Vaccination in the Punjab 1919-1929 - 1919-1929
Year: 1919
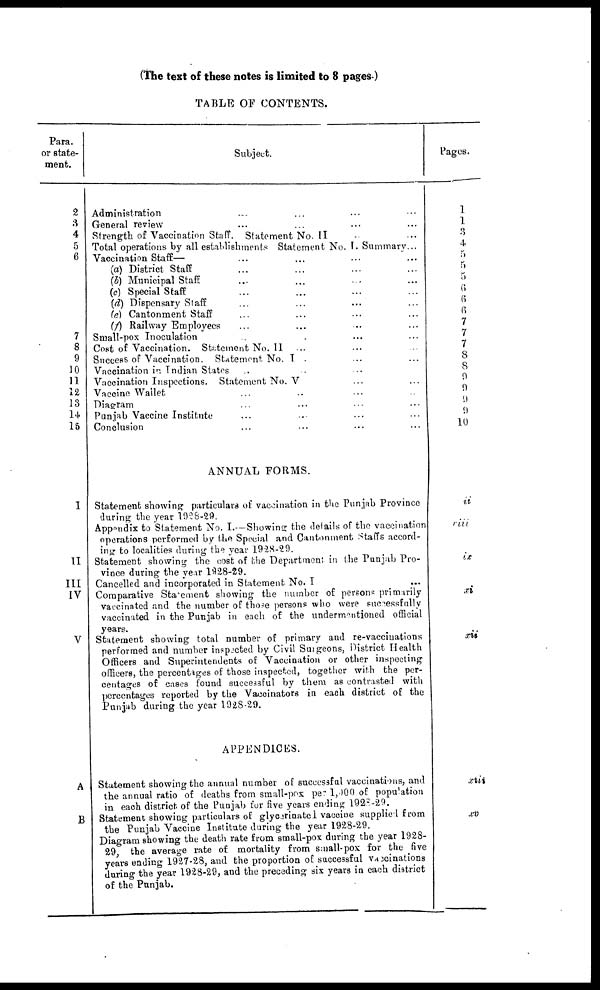
(The text of these notes is limited to 8 pages.)
TABLE OF CONTENTS.
Para.
or state-
ment.
2
3
4
5
6
7
8
9
10
11
12
13
14
15
I
II
III
IV
V
A
B
Subject.
Administration ... ... ... ...
General review ... ... ... ...
Strength of Vaccination Staff. Statement No.II ... ...
Total operations by all establishments Statement No. I. Summary...
Vaccination Staff—
(a) District Staff
...
... ... ...
(b) Municipal Staff ... ... ... ...
(c) Special Staff ... ... ... ...
(d) Dispensary Staff ... ... ... ...
(e) Cantonment Staff ... ... ... ...
(f) Railway Employees ... ... ... ...
Small-pox Inoculation ... ... ... ...
Cost of Vaccination. Statement No.II ... ... ...
Success of Vaccination. Statement No. I ... ...
Vaccination in Indian States ... ... ... ...
Vaccination Inspections. Statement No. V ... ...
Vaccine Wallet ... ... ... ...
Diagram ... ... ... ...
Punjab Vaccine Institute ... ... ... ...
Conclusion ... ... ... ...
ANNUAL FORMS.
Statement showing particulars of vaccination in the Punjab Province
during the year 1928-29.
Apppendix to Statement No. I.—Showing the details of the vaccination
operations performed by the Special and Cantonment Staffs accord-
ing to localities during the year 1928-29.
Statement showing the cost of the Department in the Punjab Pro-
vince during the year 1928-29.
Cancelled and incorporated in Statement No. I
Comparative Statement showing the number of persons primarily
vaccinated and the number of those persons who were successfully
vaccinated in the Punjab in each of the undermentioned official
years.
Statement showing total number of primary and re-vaccinations
performed and number inspected by Civil Surgeons, District Health
Officers and Superintendents of Vaccination or other inspecting
officers, the percentages of those inspected, together with the per-
centages of cases found successful by them as contrasted with
percentages reported by the Vaccinators in each district of the
Punjab during the year 1928-29.
APPENDICES.
Statement showing the annual number of successful vaccinations, and
the annual ratio of deaths from small-pox per 1,000 of population
in each district of the Punjab for five years ending 1928-29.
Statement showing particulars of glycerinate 1 vaccine supplied from
the Punjab Vaccine Institute during the year 1928-29.
Diagram showing the death rate from small-pox during the year 1928¬
29 the average rate of mortality from small-pox for the five
years ending 1927-28, and the proportion of successful Vaccinations
during the year 1928-29, and the preceding six years in each district
of the Punjab.
Pages.
1
1
3
4
5
5
5
6
6
6
7
7
7
8
8
9
9 9
9
10
ii
riii
ix
xi
xii
xiii
xv